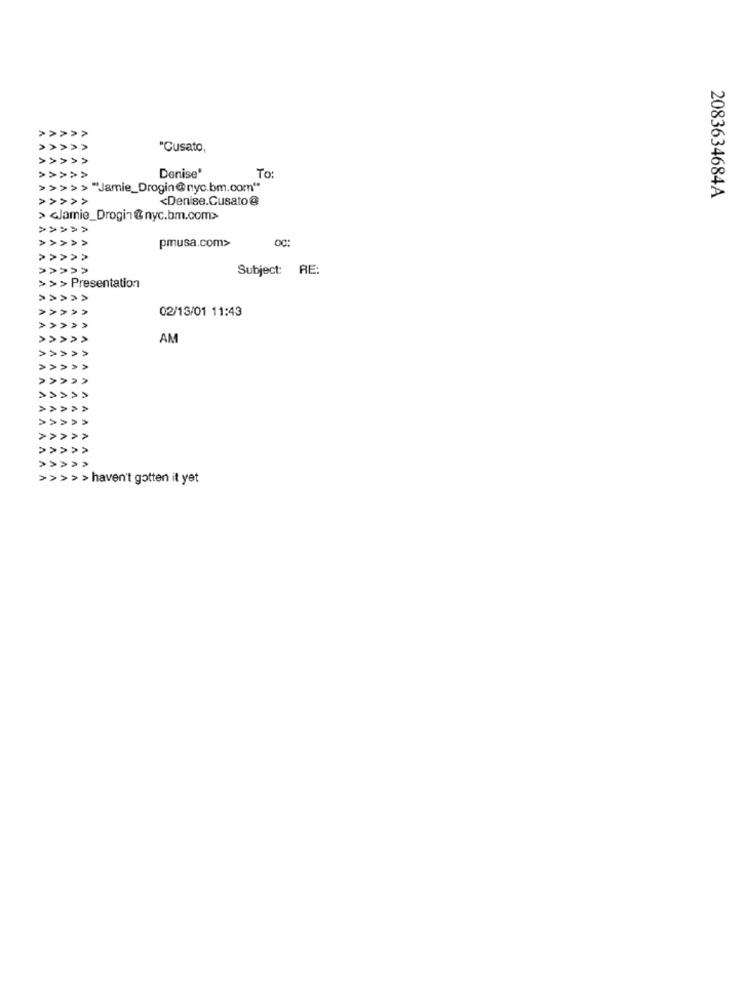
>>>>>
>>>>>
"Cusato,
>>>>>
Denise'
>>>>>
To:
>>>>>"Jamie_Drogin@nyc.bm.com"
>>>>>
<Denise.Cusato @
2083634684A
> <Jamie_Drogin @ nyc.bm.com>
>>>>>
pmusa.com>
Subject: RE:
> >> Presentation
>>>>>
02/13/01 11:43
>>
>>
AM
> >
>>>>>
>>>>>
>>>>>
>>>>>
>>>>>
>>>>>
>>>>>haven't gotten it yet